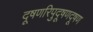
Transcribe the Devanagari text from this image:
दूषणरिपुदूषणदूषण